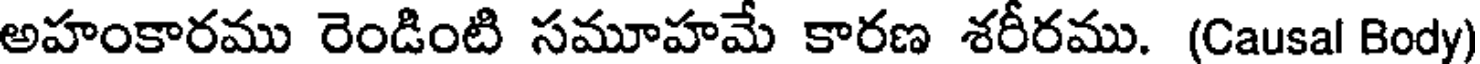
అహంకారము రెండింటి సమూహమే కారణ శరీరము. (Causal Body)